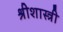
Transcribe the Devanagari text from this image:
श्रीशास्त्री